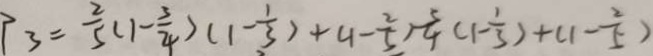
P _ { 3 } = \frac { 2 } { 5 } ( 1 - \frac { 3 } { 4 } ) ( 1 - \frac { 1 } { 3 } ) + ( 1 - \frac { 2 } { 5 } ) - \frac { 3 } { 4 } ( 1 - \frac { 1 } { 3 } ) + ( 1 - \frac { 2 } { 5 } )